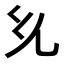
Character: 𭀘